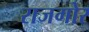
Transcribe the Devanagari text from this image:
राजगोर